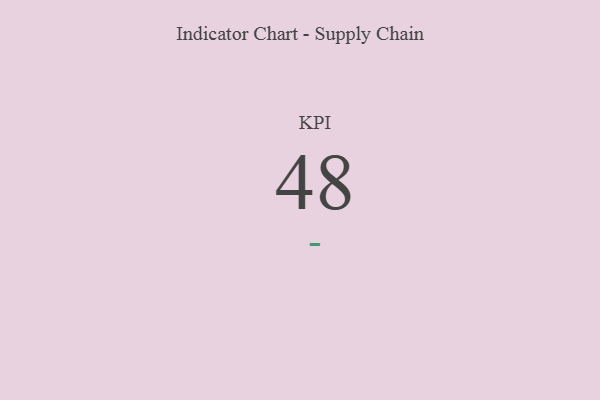
{"axis": {"x": "KPI", "y": "Value"}, "legend": [""], "data": [{"x": "KPI", "y": 48, "type": ""}]}